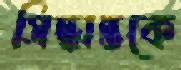
সিদ্ধান্তকে